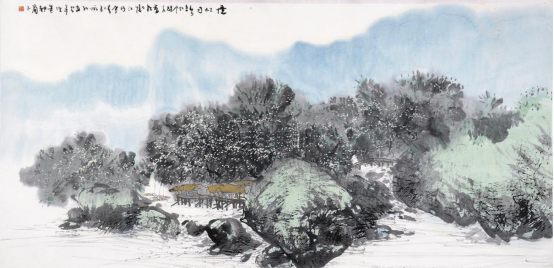
微雨如酥，草色遥看近却无。